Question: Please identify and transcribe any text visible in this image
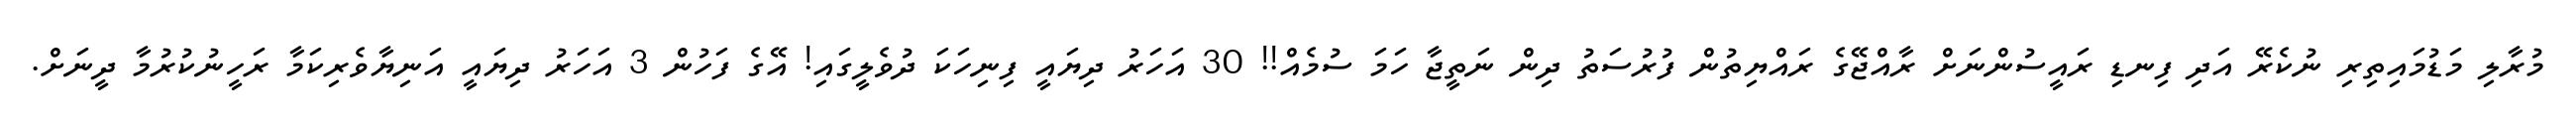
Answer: މުރާލި މަޑުމައިތިރި ނުކެރޭ އަދި ފިނޑި ރައީސުންނަށް ރާއްޖޭގެ ރައްޔިތުން ފުރުސަތު ދިން ނަތީޖާ ހަމަ ސުމެއް!! 30 އަހަރު ދިޔައީ ފިނިހަކަ ދުވެލީގައި! އޭގެ ފަހުން 3 އަހަރު ދިޔައީ އަނިޔާވެރިކަމާ ރަހީނުކުރުމާ ދީނަށް.